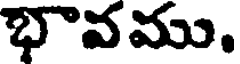
భావము.